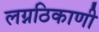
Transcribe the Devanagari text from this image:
लग्नठिकाणी